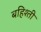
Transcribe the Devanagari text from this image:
बहिश्ती